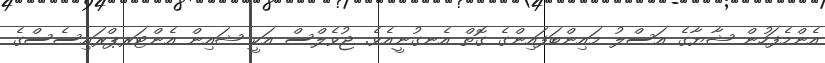
އެންމެފަހުން ޝާޔާގެ އަސްލު މައިންބަފައިންގެ ގޮތް އެނގުނީއެވެ. ޖުވެލްސް އަކީ ޝައިން އެންޓަރޕްރައިސެސްގެ